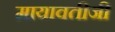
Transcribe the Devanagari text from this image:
मायावतीजी